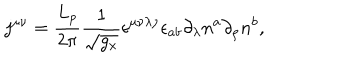
j ^ { \mu \nu } = \frac { L _ { p } } { 2 \pi } \frac 1 { \sqrt { g _ { x } } } \epsilon ^ { \mu \nu \lambda \rho } \epsilon _ { a b } \partial _ { \lambda } n ^ { a } \partial _ { \rho } n ^ { b } ,